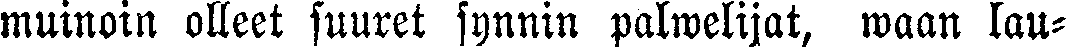
muinoin olleet suuret synnin palwelijat, waan lau-